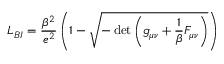
{ \cal L } _ { { B I } } = \frac { \beta ^ { 2 } } { e ^ { 2 } } \left( 1 - \sqrt { - \operatorname * { d e t } \left( g _ { \mu \nu } + \frac 1 \beta F _ { \mu \nu } \right) } \right)